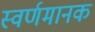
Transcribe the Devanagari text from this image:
स्वर्णमानक